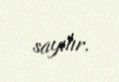
sayılır.